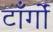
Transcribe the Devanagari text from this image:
टाँर्गों